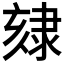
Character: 𨽷